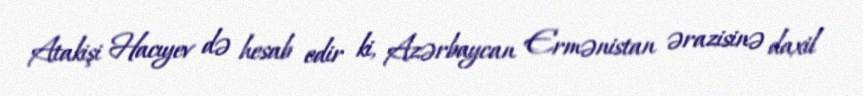
Atakişi Hacıyev də hesab edir ki, Azərbaycan Ermənistan ərazisinə daxil